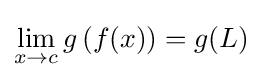
\lim _{x\to c}g\left(f(x)\right)=g(L)